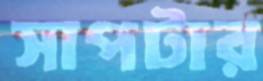
সাপটার